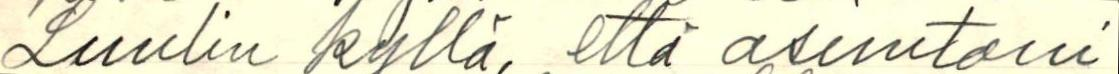
Luulin kyllä, että asuntoni